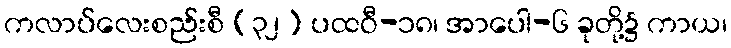
ကလာပ်လေးစည်းစီ (၃၂) ပထဝီ-၁၈၊ အာပေါ-၆ ခုတို့၌ ကာယ၊